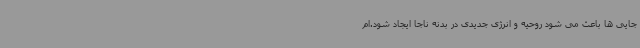
جایی ها باعث می شود روحیه و انرژی جدیدی در بدنه ناجا ایجاد شود.ام